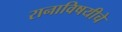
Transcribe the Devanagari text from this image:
रानाविषयीचे